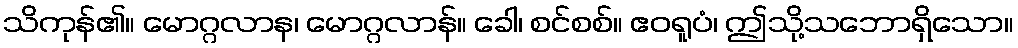
သိကုန်၏။ မောဂ္ဂလာန၊ မောဂ္ဂလာန်။ ခေါ၊ စင်စစ်။ ဧဝရူပံ၊ ဤသို့သဘောရှိသော။